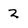
Character: 2